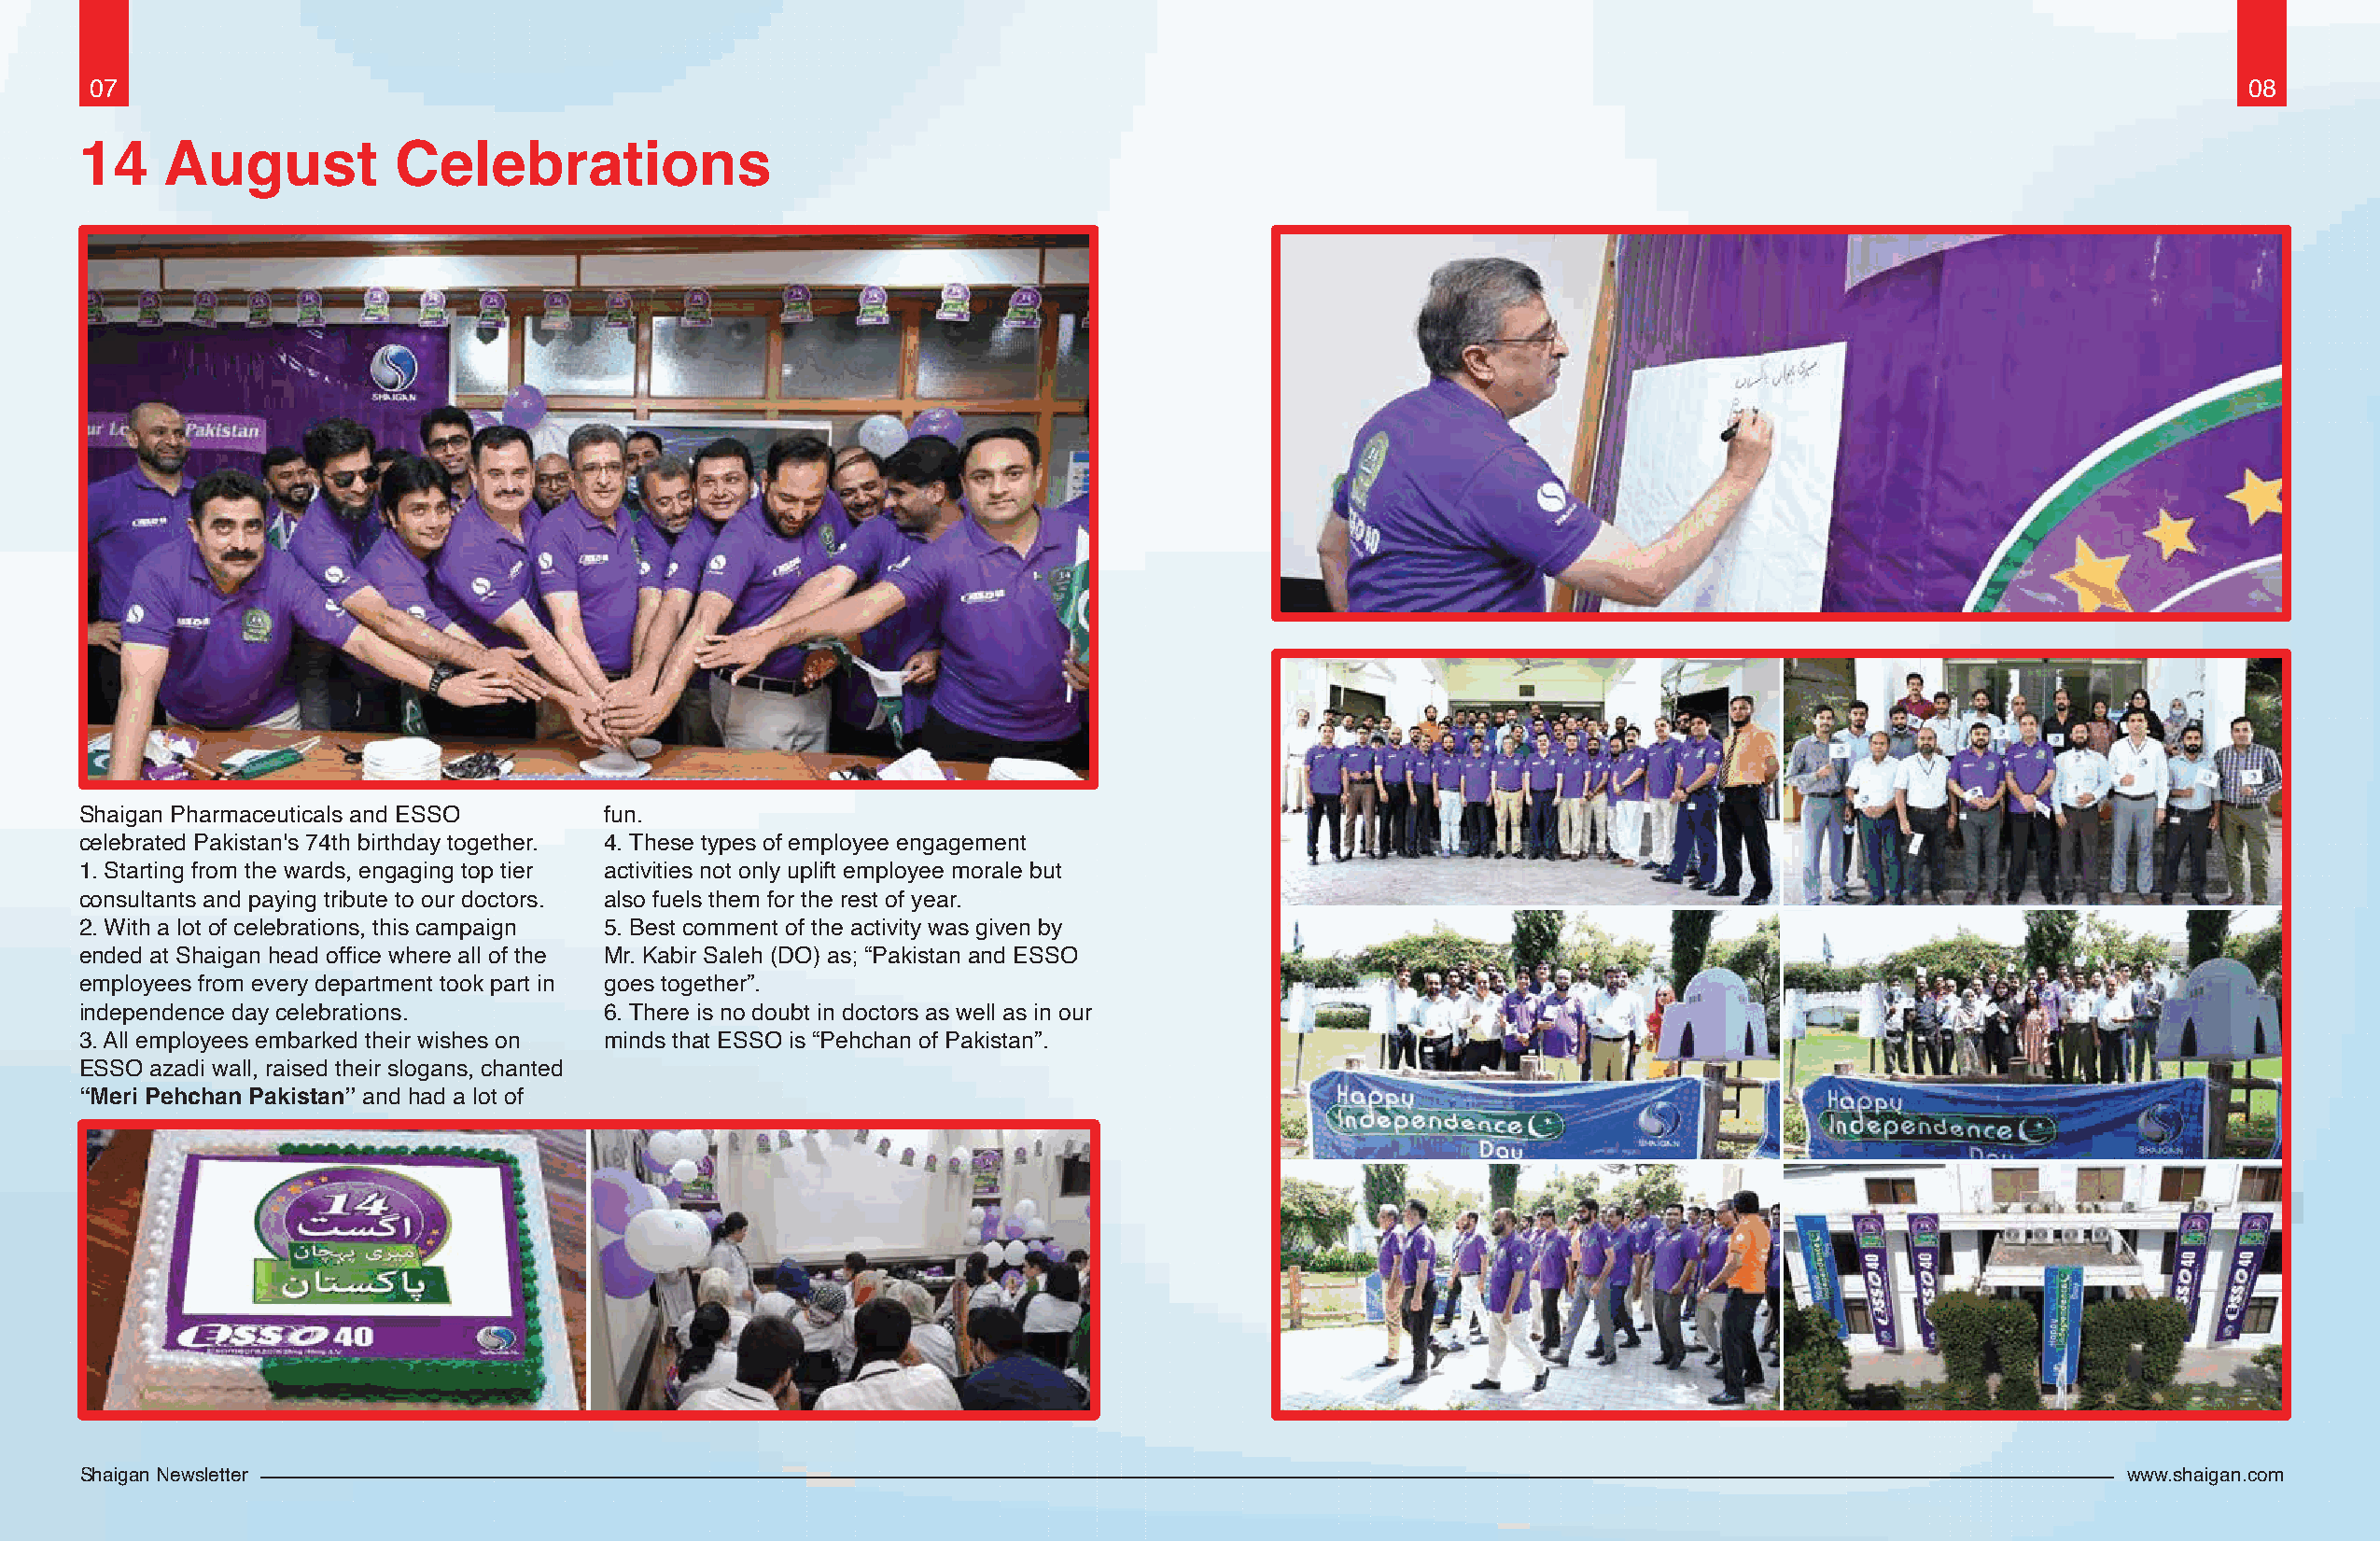
07                                                                                                                                                       08
 14    August          Celebrations
 Shaigan Pharmaceuticals and ESSO     fun.
 celebrated Pakistan's 74th birthday together. 4. These types of employee engagement
 1. Starting from the wards, engaging top tier activities not only uplift employee morale but
 consultants and paying tribute to our doctors. also fuels them for the rest of year.
 2. With a lot of celebrations, this campaign 5. Best comment of the activity was given by
 ended at Shaigan head office where all of the Mr. Kabir Saleh (DO) as; “Pakistan and ESSO
 employees from every department took part in goes together”.
 independence day celebrations.       6. There is no doubt in doctors as well as in our
 3. All employees embarked their wishes on minds that ESSO is “Pehchan of Pakistan”.
 ESSO azadi wall, raised their slogans, chanted
 “Meri Pehchan Pakistan” and had a lot of
 Shaigan Newsletter                                                                                                                               www.shaigan.com